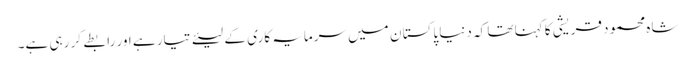
شاہ محمود قریشی کا کہنا تھا کہ دنیا پاکستا ن میں سرمایہ کاری کے لیئے تیار ہے اور رابطے کر رہی ہے۔